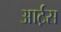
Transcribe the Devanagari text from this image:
आर्ट़स